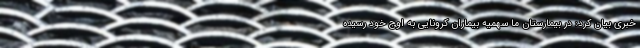
خبری بیان کرد: در بیمارستان ما سهمیه بیماران کرونایی به اوج خود رسیده